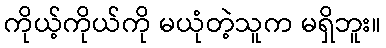
ကိုယ့်ကိုယ်ကို မယုံတဲ့သူက မရှိဘူး။